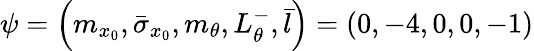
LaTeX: \psi=\left(m_{x_{0}},\bar{\sigma}_{x_{0}},m_{\theta},L_{\theta}^{-},\bar{l}\right)=(0,-4,0,0,-1)